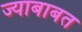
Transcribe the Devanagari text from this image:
ज्याबाबत